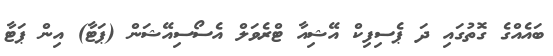
ބައެއްގެ ގޮތުގައި ދަ ޕެސިފިކް އޭޝިއާ ޓްރެވަލް އެސޯސިއޭޝަންް (ޕަޓާ) އިން ޕަޓާ